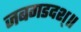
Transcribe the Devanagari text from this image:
जबगडदश्॥